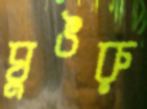
ঘুঙরু